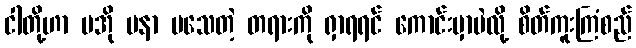
ငါတို့ဟာ မအို မနာ မသေတဲ့ တရားကို ရှာရရင် ကောင်းမှာပဲလို့ စိတ်ကူးကြံစည်